Board of Education Examinations in Art and in Science and Technology, and Examinations of the City and Guilds of London Institute, 1921, 1921
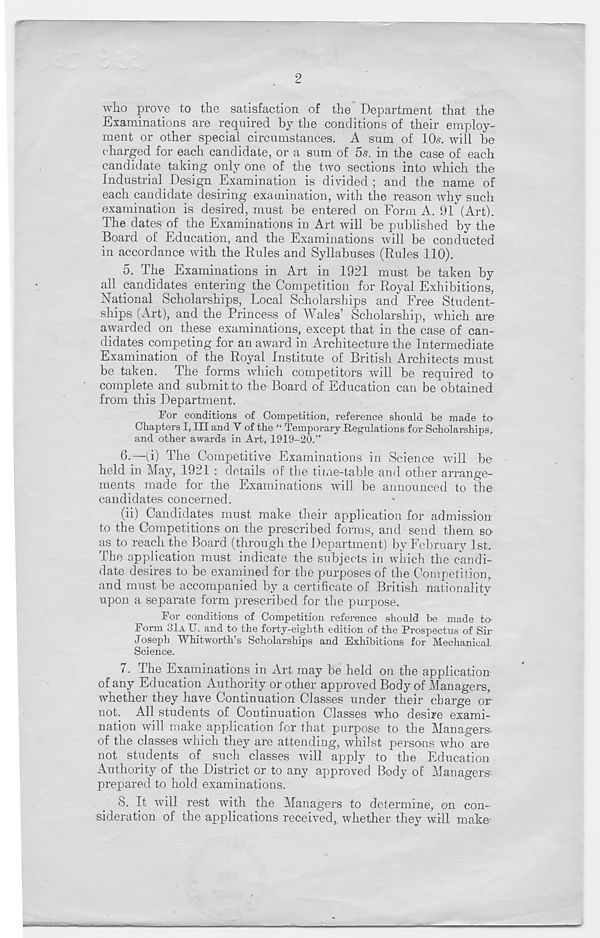
2
who prove to the satisfaction of the Department that the
Examinations are required by the conditions of their employ-
ment or other special circumstances. A sum of 10s. will be
charged for each candidate, or a sum of 5s. in the case of each
candidate taking only one of the two sections into which the
Industrial Design Examination is divided ; and the name of
each candidate desiring examination, with the reason why such
examination is desired, must be entered on Form A. 91 (Art).
The dates of the Examinations in Art will be published by the
Board of Education, and the Examinations will be conducted
in accordance with the Rules and Syllabuses (Rules 110).
5. The Examinations in Art in 1921 must be taken by
all candidates entering the Competition for Royal Exhibitions,
National Scholarships, Local Scholarships and Free Student-
ships (Art), and the Princess of Wales’ Scholarship, which are
awarded on these examinations, except that in the case of can-
didates competing for an award in Architecture the Intermediate
Examination of the Royal Institute of British Architects must
be taken. The forms which competitors will be required to
complete and submit to the Board of Education can be obtained
from this Department.
For conditions of Competition, reference should be made to
Chapters I, III and Y of the “ Temporary Regulations for Scholarships,
and other awards in Art, 1919-20.”
6.
—(i) The Competitive Examinati
held in May, 1921 : details of the time-table and other arrange-
ments made for the Examinations will be announced to the
candidates concerned.
(ii) Candidates must make their application for admission
to the Competitions on the prescribed forms, and send them so-
us to reach the Board (through the Department) by February 1st.
The application must indicate the subjects in which the candi-
date desires to be examined for the purposes of the Competition,
and must be accompanied by a certificate of British nationality
upon a separate form prescribed for the purpose.
For conditions of Competition reference should be made to-
Form 31A U. and to the forty-eighth edition of the Prospectus of Sir
Joseph Whitworth’s Scholarships and Exhibitions for Mechanical
Science.
7. The Examinations in Art may be held on the application
of any Education Authority or other approved Body of Managers,
whether they have Continuation Classes under their charge or
not. All students of Continuation Classes who desire exami-
nation will make application for that purpose to the Managers-
of the classes which they are attending, whilst persons who are
not students of such classes will apply to the Education
Authority of the District or to any approved Body of Managers
prepared to hold examinations.
8. It will rest with the Managers to determine, on con-
sideration of the applications received, whether they will make-